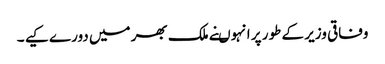
وفاقی وزیر کے طور پر انہوںنے ملک بھر میں دورے کیے ۔